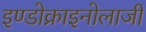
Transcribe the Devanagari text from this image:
इण्डोक्राइनोलाजी